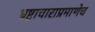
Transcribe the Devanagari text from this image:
भ्रष्टाचाराप्रमाणेच